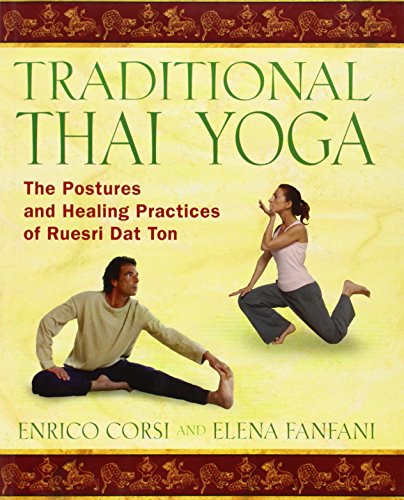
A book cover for Traditional Thai Yoga: The Postures and Healing Practices of Ruesri Dat Ton; Enrico Corsi; Religion & Spirituality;